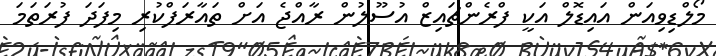
މޯލްޑިވިއަން އައިޑޮލް އަކީ ފްރެންޗައިޒް އުސޫލުން ރާއްޖެ އަށް ތައާރަފްކުރި މިފަދަ ފުރަތަމަ